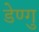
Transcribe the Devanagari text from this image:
डेण्गु